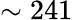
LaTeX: \sim 241